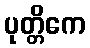
ပုတ္တိကေ